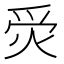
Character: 𤈚